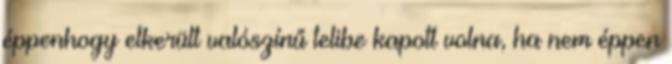
éppenhogy elkerült valószínű telibe kapott volna, ha nem éppen